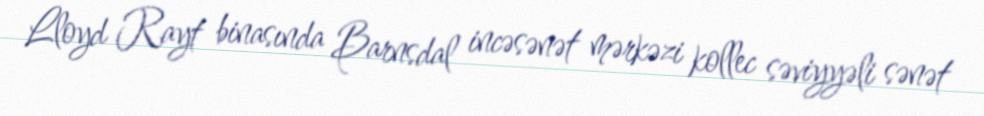
Lloyd Rayt binasında Barnsdal incəsənət mərkəzi kollec səviyyəli sənət